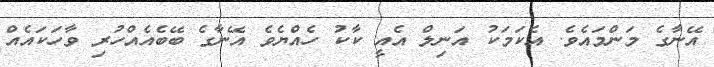
އޭނާގެ މަންމައެވެ. އެކަމަކު އަނިލް އެއީ ކާކު ހެއްޔެވެ އޭނާގެ ބޭބެއެއްހުރި ވާހަކައެއް